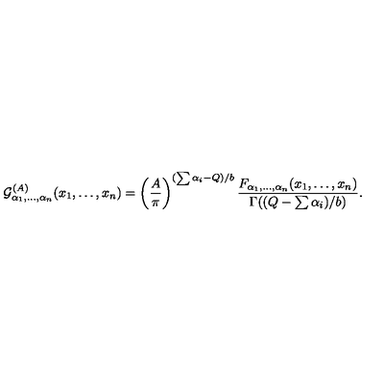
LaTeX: { \cal G } _ { \alpha _ { 1 } , \ldots , \alpha _ { n } } ^ { ( A ) } ( x _ { 1 } , \ldots , x _ { n } ) = \left( { \frac { A } { \pi } } \right) ^ { ( \sum \alpha _ { i } - Q ) / b } { \frac { F _ { \alpha _ { 1 } , \ldots , \alpha _ { n } } ( x _ { 1 } , \ldots , x _ { n } ) } { \Gamma ( ( Q - \sum \alpha _ { i } ) / b ) } } .